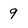
Character: 9